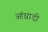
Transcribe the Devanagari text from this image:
आंध्रादी